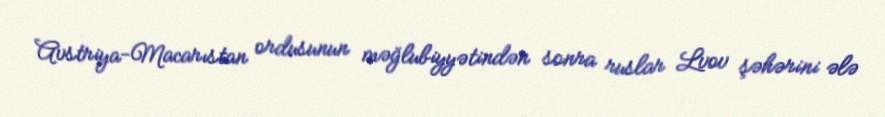
Avstriya-Macarıstan ordusunun məğlubiyyətindən sonra ruslar Lvov şəhərini ələ